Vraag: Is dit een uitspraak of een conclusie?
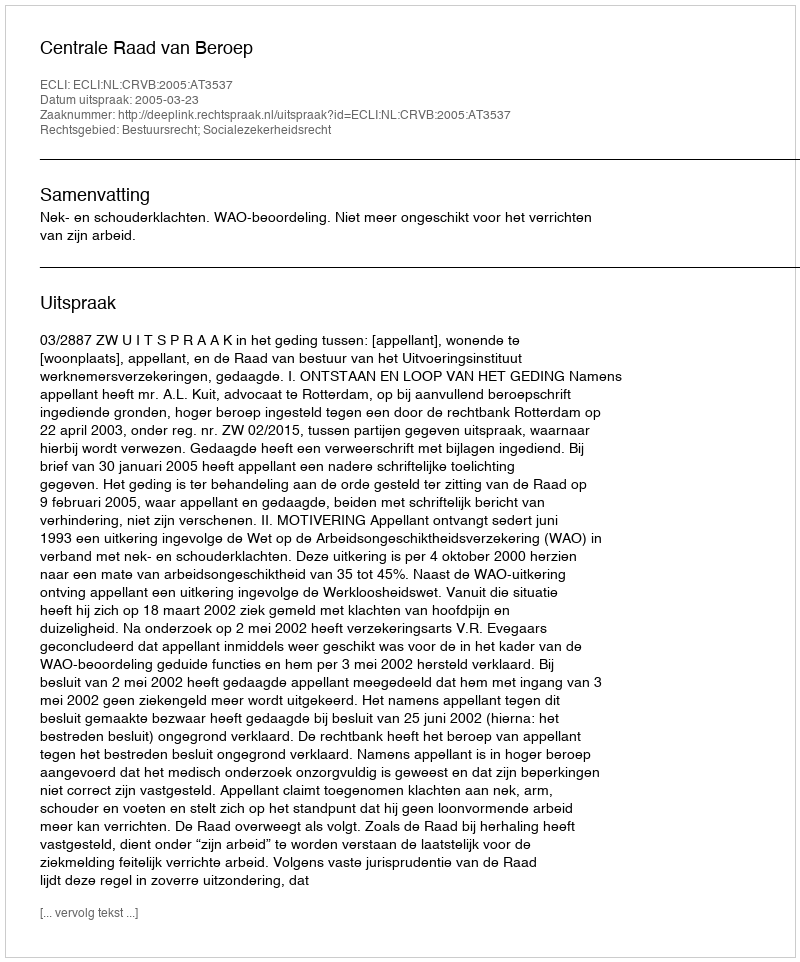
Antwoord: Uitspraak